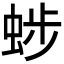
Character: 𧌂